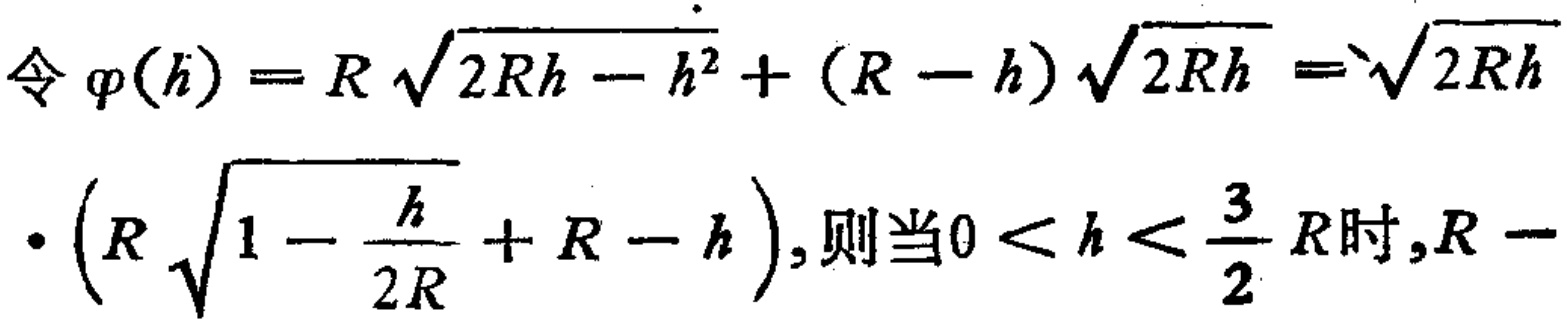
令\(\varphi(h)=R\sqrt{2Rh - h^{2}}+(R - h)\sqrt{2Rh}=\sqrt{2Rh}\cdot\left(R\sqrt{1 - \frac{h}{2R}}+R - h\right)\)，则当\(0 < h < \frac{3}{2}R\)时，\(R-\)